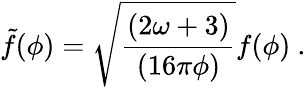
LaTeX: \tilde{f}(\phi)=\sqrt{\frac{\left({2\omega+3}\right)}{\left({16\pi\phi}\right)}}f(\phi)~.